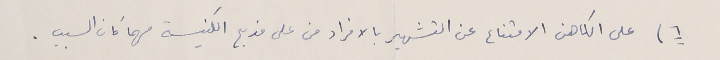
٦) على الكاهن الامتناع عن التشهير بالافراد من على مذبح الكنيسة مهما كان السبب .